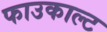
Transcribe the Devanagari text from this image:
फाउकाल्ट